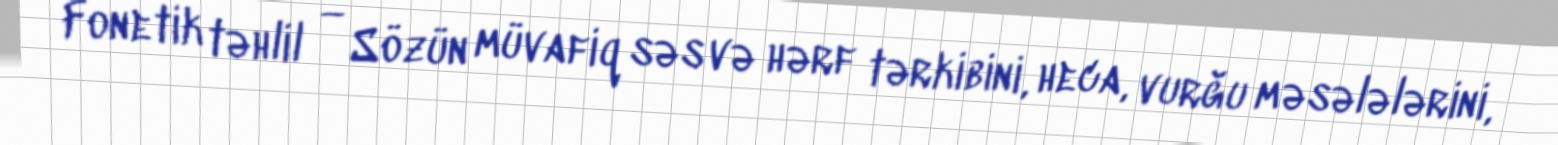
Fonetik təhlil — Sözün müvafiq səs və hərf tərkibini, heca, vurğu məsələlərini,